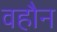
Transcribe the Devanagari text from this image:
वहौन